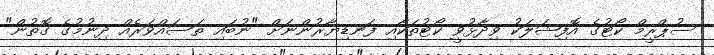
ސުޕްރީމް ކޯޓުގެ އޮފިޝަލަކު ވިދާޅުވީ ކޯޓުތަކާއި ފަނޑިޔާރުންނަށް "ނުބައި ތަސައްވަރެއް ދިނުމުގެ ގޮތުން"